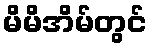
မိမိအိမ်တွင်